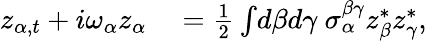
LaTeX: \begin{array}{rl}{z_{\alpha,t}+i\omega_{\alpha}z_{\alpha}}&{{}=\frac{1}{2}\int\! d\beta d\gamma\ \sigma_{\alpha}^{\beta\gamma}z_{\beta}^{*}z_{\gamma}^{*},}\end{array}